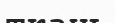
ткань